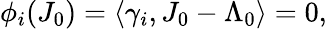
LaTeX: \phi_{i}(J_{0})=\langle\gamma_{i},J_{0}-\Lambda_{0}\rangle=0,